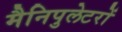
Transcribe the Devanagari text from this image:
मैनिपुलेटरों